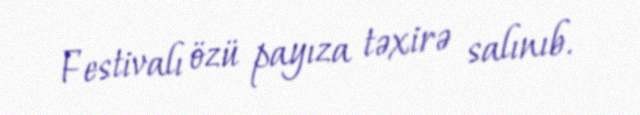
Festivalı özü payıza təxirə salınıb.